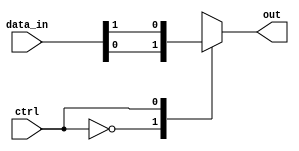
module mux512_1 (
    input [511:0] data_in,
    input ctrl,
    output reg out
);

always @ (*) begin
    case (ctrl)
        0: out = data_in[0];
        1: out = data_in[1];
        // Add more cases for all 512 input signals
        // Example: 2: out = data_in[2];
        // Example: 3: out = data_in[3];
        // ...
        default: out = data_in[511]; // Default case
    endcase
end

endmodule